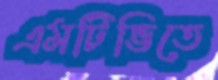
এমটিভিতে